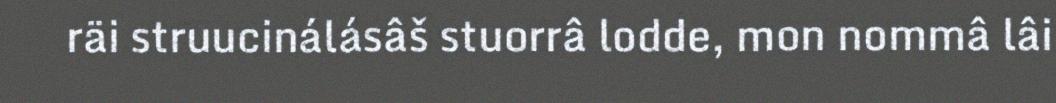
räi struucinálásâš stuorrâ lodde, mon nommâ lâi